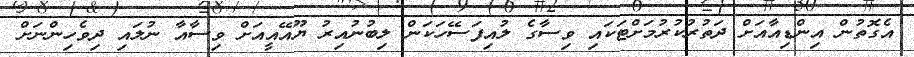
އެގޮތުން އިންޑިއާއަށް ދަތުރުކުރުމަށްޓަކައި ވިސާގެ ލުއިފަސޭހަކަން ލިބުނުއިރު ޔޫއޭއީއަށް ވިސާއާ ނުލައި ދިވެހިންނަށް